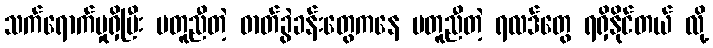
သက်ရောက်မှုရှိပြီး မတူညီတဲ့ ဓာတ်ခွဲခန်းတွေကနေ မတူညီတဲ့ ရလဒ်တွေ ရရှိနိုင်တယ် လို့